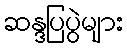
ဆန္ဒပြပွဲများ